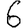
Digit: 6